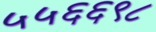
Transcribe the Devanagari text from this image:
५५६६९८